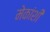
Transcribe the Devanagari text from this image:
मेकांशी